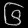
Digit: ၆